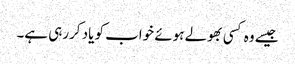
جیسے وہ کسی بھولے ہوئے خواب کو یاد کررہی ہے۔